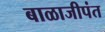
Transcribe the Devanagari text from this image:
बाळाजीपंत